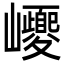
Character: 巎